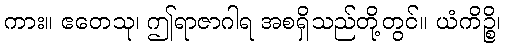
ကား။ ဧတေသု၊ ဤရာဇာဂါရ အစရှိသည်တို့တွင်။ ယံကိဉ္စိ၊